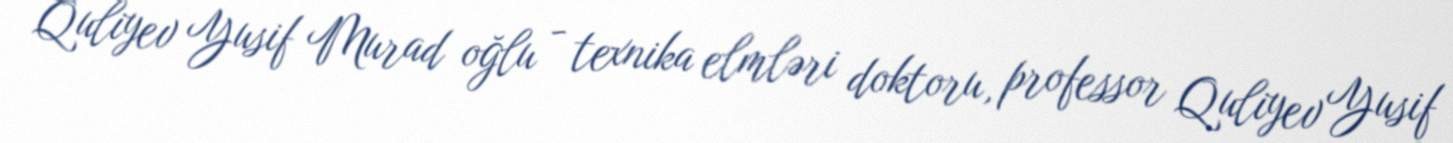
Quliyev Yusif Murad oğlu - texnika elmləri doktoru, professor Quliyev Yusif